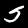
Label: 5